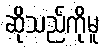
ဆိုသည်ကိုမူ